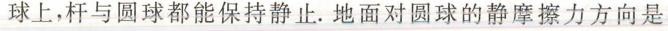
球上，杆与圆球都能保持静止。地面对圆球的静摩擦力方向是